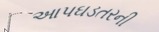
આપઘડતરની